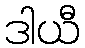
ဒါယီ